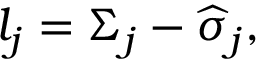
l _ { j } = \Sigma _ { j } - \widehat { \sigma } _ { j } ,